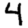
Digit: 4